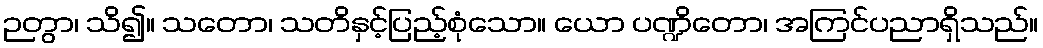
ဉတွာ၊ သိ၍။ သတော၊ သတိနှင့်ပြည့်စုံသော။ ယော ပဏ္ဍိတော၊ အကြင်ပညာရှိသည်။